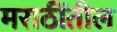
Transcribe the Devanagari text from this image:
मराठींतील